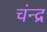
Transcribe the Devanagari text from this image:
चंन्द्र